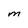
Character: M